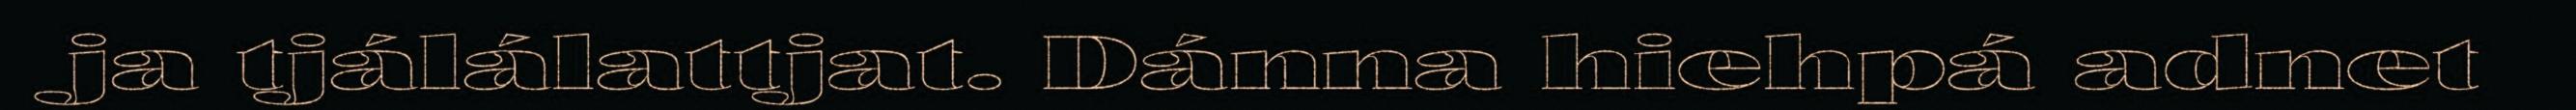
ja tjálálattjat. Dánna hiehpá adnet